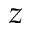
{ z }